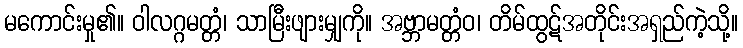
မကောင်းမှု၏။ ဝါလဂ္ဂမတ္တံ၊ သာမြီးဖျားမျှကို။ အဗ္ဘာမတ္တံဝ၊ တိမ်ထွဋ်အတိုင်းအရှည်ကဲ့သို့။